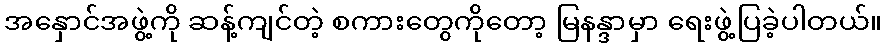
အနှောင်အဖွဲ့ကို ဆန့်ကျင်တဲ့ စကားတွေကိုတော့ မြနန္ဒာမှာ ရေးဖွဲ့ပြခဲ့ပါတယ်။